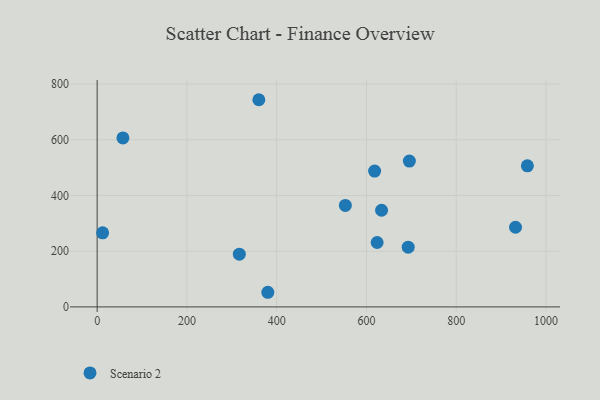
{"axis": {"x": "Investment", "y": "Salary"}, "legend": ["Scenario 2"], "data": [{"x": "12.2", "y": 266.2, "type": "Scenario 2"}, {"x": "633.6", "y": 347.1, "type": "Scenario 2"}, {"x": "692.9", "y": 214.5, "type": "Scenario 2"}, {"x": "360.2", "y": 744.0, "type": "Scenario 2"}, {"x": "552.9", "y": 364.5, "type": "Scenario 2"}, {"x": "958.4", "y": 506.5, "type": "Scenario 2"}, {"x": "316.7", "y": 189.4, "type": "Scenario 2"}, {"x": "618.1", "y": 487.8, "type": "Scenario 2"}, {"x": "623.7", "y": 231.4, "type": "Scenario 2"}, {"x": "695.5", "y": 523.8, "type": "Scenario 2"}, {"x": "932.0", "y": 286.0, "type": "Scenario 2"}, {"x": "380.2", "y": 52.6, "type": "Scenario 2"}, {"x": "57.4", "y": 606.7, "type": "Scenario 2"}]}